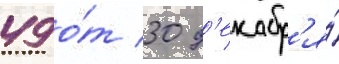
49 о́т 30 д'екабр'я́